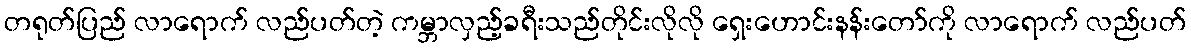
တရုတ်ပြည် လာရောက် လည်ပတ်တဲ့ ကမ္ဘာလှည့်ခရီးသည်တိုင်းလိုလို ရှေးဟောင်းနန်းတော်ကို လာရောက် လည်ပတ်